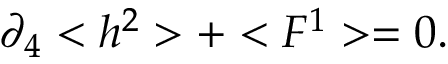
\partial _ { 4 } < h ^ { 2 } > + < F ^ { 1 } > = 0 .